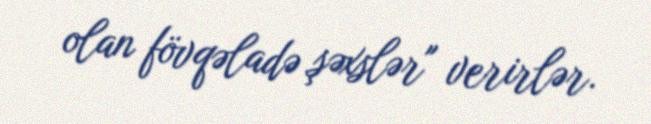
olan fövqəladə şəxslər" verirlər.